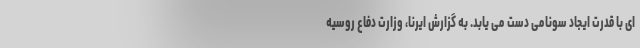
ای با قدرت ایجاد سونامی دست می یابد. به گزارش ایرنا، وزارت دفاع روسیه